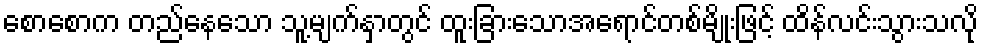
စောစောက တည်နေသော သူ့မျက်နှာတွင် ထူးခြားသောအရောင်တစ်မျိုးဖြင့် ထိန်လင်းသွားသလို